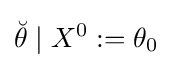
{\breve {\theta }}\mid X^{0}:=\theta _{0}